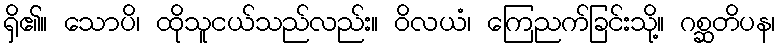
ရှိ၏။ သောပိ၊ ထိုသူငယ်သည်လည်း။ ဝိလယံ၊ ကြေညက်ခြင်းသို့။ ဂစ္ဆတိပန၊